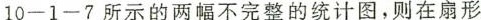
10—1—7所示的两幅不完整的统计图，则在扇形